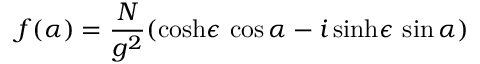
f ( \alpha ) = \frac { N } { g ^ { 2 } } ( \cosh \! \epsilon \, \cos \alpha - i \sinh \! \epsilon \, \sin \alpha )